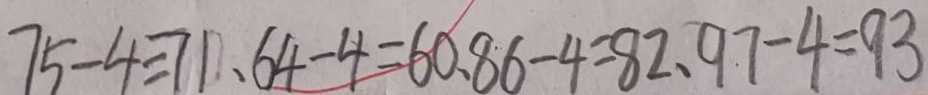
7 5 - 4 = 7 1 . 6 4 - 4 = 6 0 . 8 6 - 4 = 8 2 . 9 7 - 4 = 9 3